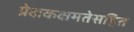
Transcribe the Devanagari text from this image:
प्रेक्षकक्षमतेसहित